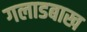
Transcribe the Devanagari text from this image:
गलाडबाख